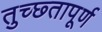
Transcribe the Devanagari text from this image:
तुच्छ्तापूर्ण